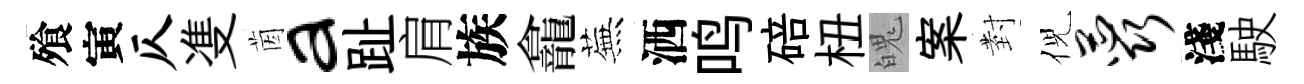
飱寅仄㕠茵a趾肩族龕蕪洒鸣碚杻魄案𭔹倪蕊淺駛